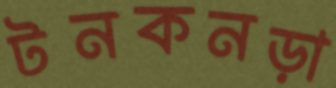
টনকনড়া